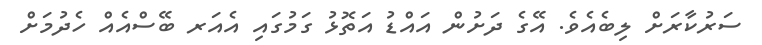
ސަރުކާރަށް ލިބެއެވެ. އޭގެ ދަށުން އައްޑު އަތޮޅު ގަމުގައި އެއަރ ބޭސްއެއް ހެދުމަށް